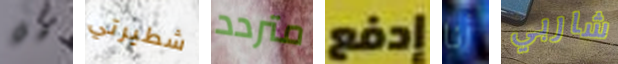
هل شطيرتي متردد إدفع أنا شاربي